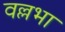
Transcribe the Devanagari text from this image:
वल्लभा